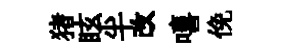
猪眩半改嘻俛